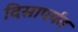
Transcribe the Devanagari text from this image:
दिसापर्यंत